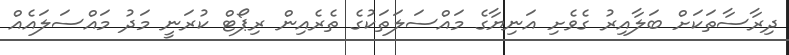
ދިރާސާތަކަށް ބަލާއިރު ގެވެށި އަނިޔާގެ މައްސަލަތަކުގެ ތެރެއިން ރިޕޯޓް ކުރަނީ މަދު މައްސަލައެއް